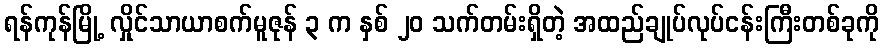
ရန်ကုန်မြို့ လှိုင်သာယာစက်မူဇုန် ၃ က နှစ် ၂၀ သက်တမ်းရှိတဲ့ အထည်ချုပ်လုပ်ငန်းကြီးတစ်ခုကို